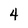
Character: 4